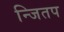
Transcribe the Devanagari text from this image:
न्जितप